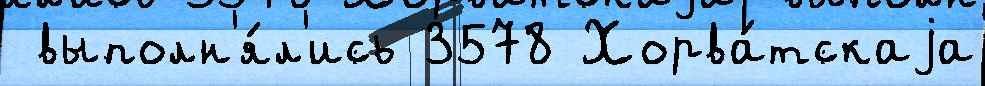
 выполн'я́л'ись 3578 Хорва́тскаjа